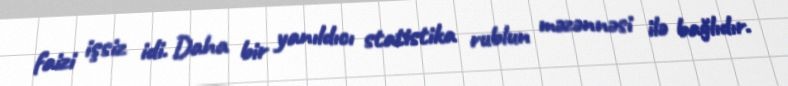
faizi işsiz idi. Daha bir yanıldıcı statistika rublun məzənnəsi ilə bağlıdır.